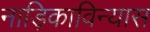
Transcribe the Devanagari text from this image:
नाड़िकाविन्यास